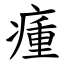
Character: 瘇